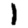
Digit: 1